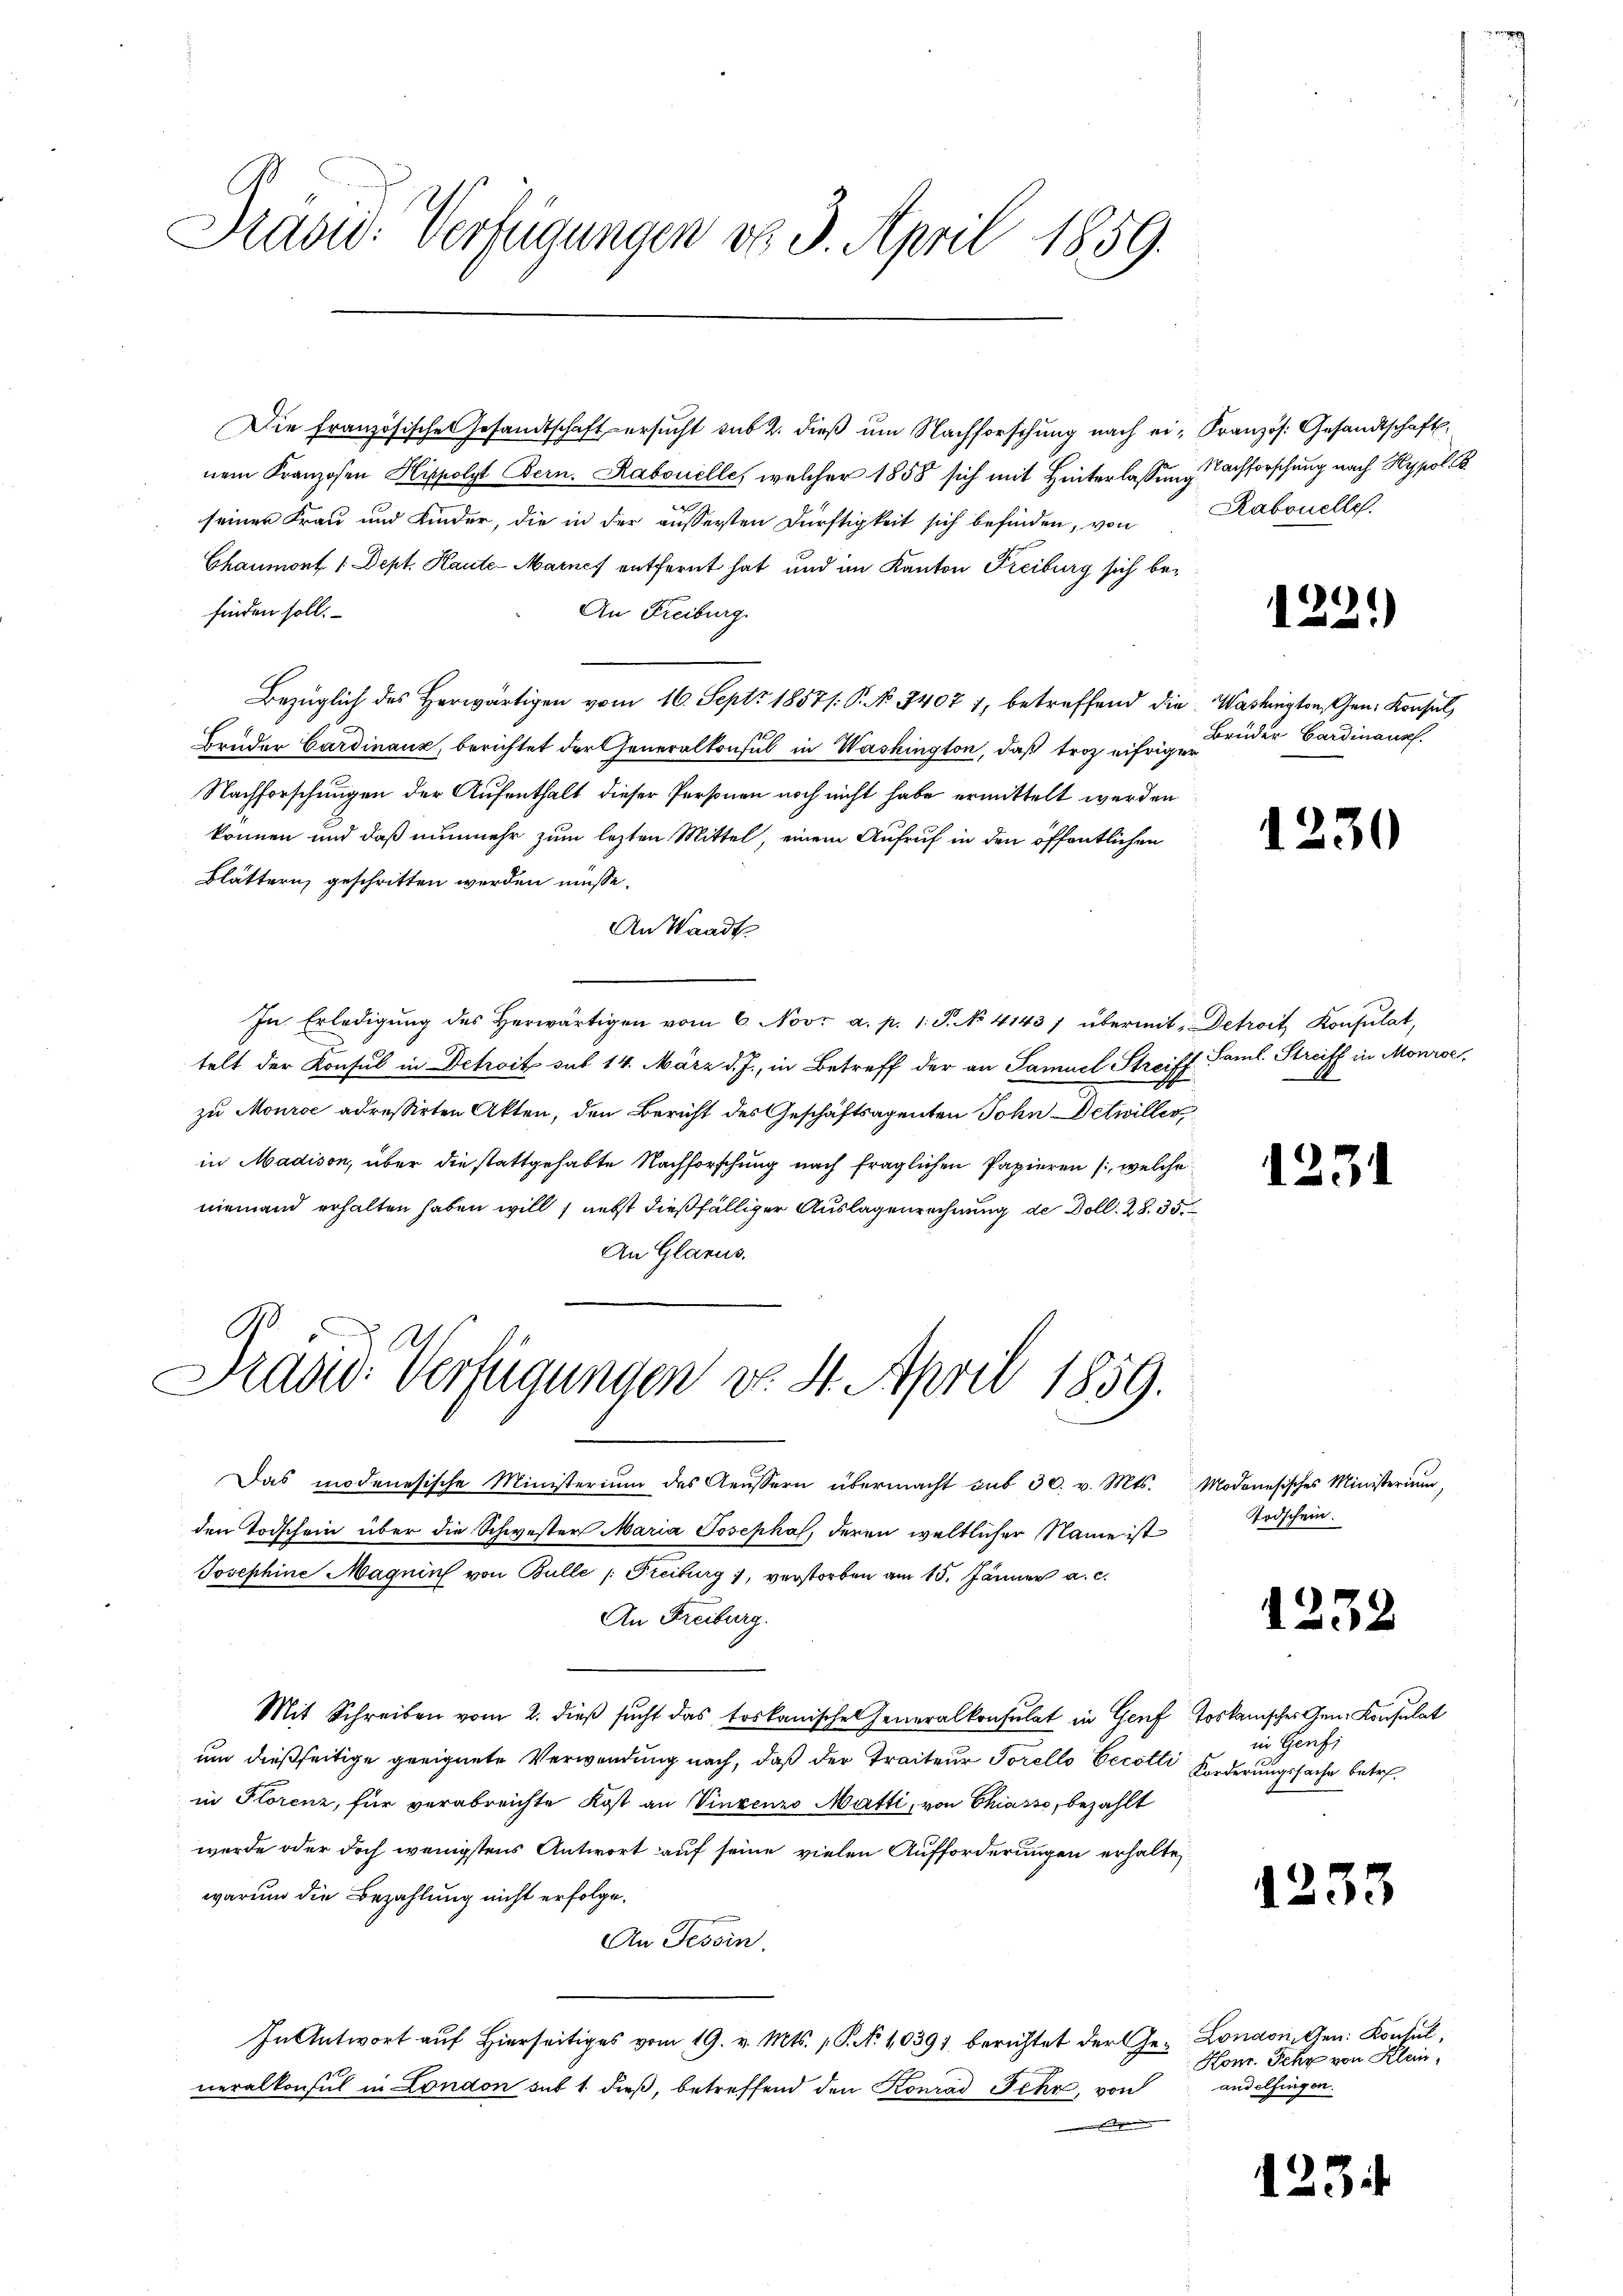
Präsid. Verfügungen do 3. April 1859.

Die Französische Gesandtschaft ersucht sub 2. dieß um Nachforschung nach ein Kranzös. Gesandtschaft,
nem Franzosen Hippolst Bern. Rabonelle, welcher 1858 sich mit Hinterlassung Nachforschung nach Rypol.
seiner Frau und Kinder, die in der äussersten Dürftigkeit sich befinden, von
Chaumont 1 Dept. Kaute-Marnes entfernt hat und im Kanton Freiburg sich befinden soll.
An Freiburg.
Bezüglich des herwärtigen vom 16. Sept. 1857/: P. No 34071, betreffend die Washington, Gen. Konsul,
Bruder Cardinanz, berichtet der Generalkonsul in Washington, daß troz eifriger
Nachforschungen der Aufenthalt dieser Personen noch nicht habe ermittelt werden
können und daß nunmehr zum lezten Mittel, einem Aufruf in den öffentlichen
Blättern geschritten werden müsse.
An Waadt.
In Erledigŭng des herwärtigen vom 6. Novr a. p. 1. P. No. 4143/ übermit, Detroit, Konsulat,
telt der Konsul in Detoit sub 14. März d. J., in Betreff der an Samuel Streiff Saml. Streiff in Monrse,
zu Mource adressirten Akten, den Bericht des Geschäftsagenten John Detailler
in Madison, über die stattgehabte Nachforschung nach fraglichen Papieren , welche
niemand erhalten haben will, nebst dießfälliger Auslagenrechnung der Doll. 28. 35
An Glarus.
Dradw. Verfügungen v. 4. April 1859.
Das modenesische Ministerium des Aeussern übermacht aus 30. v. Mts. Modonesisches Ministerium,
den Todschein über die Schwester Maria Josepha, deren weltlicher Name ist
Josephine Magnin von Bulle /: Freiburg, verstorben am 15. Jänner a. c.
An Freiburg.
Mit Schreiben vom 2. dieß sucht das toskanische Generalkonsulat in Genf toskanisches Gen. Konsulat
um dießseitige geeignete Verwendung nach, daß der Traiteur Forello Eecotti Forderungssache betrein Florenz, für verabreichte Kost an Vinzenzo Matti, von Chiasso, bezahlt
werde oder doch wenigstens Antwort auf seine vielen Aufforderungen erhalte
warum die Bezahlung nicht erfolge.
An Tessin.
In Antwort auf hierseitiges vom 19. v. Mts. 1. No 10391 berichtet der Ge- London, Gen. Konsul,
neralkonsul in London sub 1 dieß, betreffend den Konrad Fehr, von

Rabonelle.

1221)

Brüder Gardinaus.

1230

1231

Todschein.

1232

in Genfi

1233

Hom. Sehr von Klein,
andelfingen.

1234